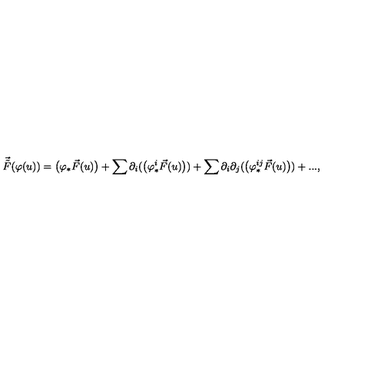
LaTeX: \vec { \tilde { F } } ( \varphi ( u ) ) = \big ( \varphi _ { * } \vec { F } ( u ) \big ) + \sum \partial _ { i } ( \big ( \varphi _ { * } ^ { i } \vec { F } ( u ) \big ) ) + \sum \partial _ { i } \partial _ { j } ( \big ( \varphi _ { * } ^ { i j } \vec { F } ( u ) \big ) ) + . . . ,